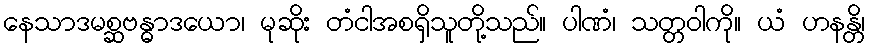
နေသာဒမစ္ဆဗန္ဓာဒယော၊ မုဆိုး တံငါအစရှိသူတို့သည်။ ပါဏံ၊ သတ္တဝါကို။ ယံ ဟနန္တိ၊